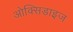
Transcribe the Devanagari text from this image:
ओक्सिडाइज